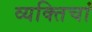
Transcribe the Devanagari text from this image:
व्यक्तिचां